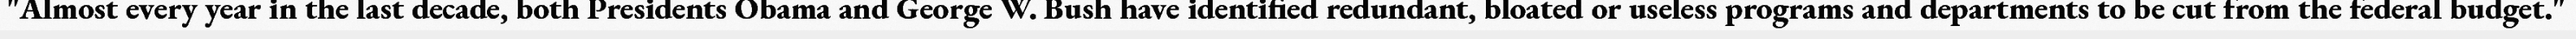
"Almost every year in the last decade, both Presidents Obama and George W. Bush have identified redundant, bloated or useless programs and departments to be cut from the federal budget."